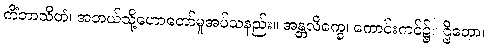
ကိံဘာသိတံ၊ အဘယ်သို့ဟောတော်မူအပ်သနည်း။ အန္တလိက္ခေ၊ ကောင်းကင်၌။ ဌိတော၊